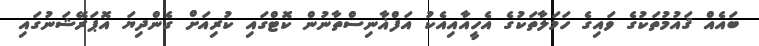
ބައެއް ޤައުމުތަކުގެ ވައިގެ ހަމަލާތަކުގެ އެހީއާއިއެކު އަފްޣާނިސްތާނުން ކޮޓްގައި ކުރިއަށް ގެންދިޔަ އޮޕަރޭޝަނުގައި